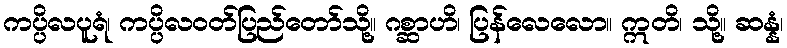
ကပ္ပိလပူရံ၊ ကပ္ပိလဝတ်ပြည်တော်သို့။ ဂစ္ဆာဟိ၊ ပြန်လေလော။ ဣတိ၊ သို့။ ဆန္နံ၊